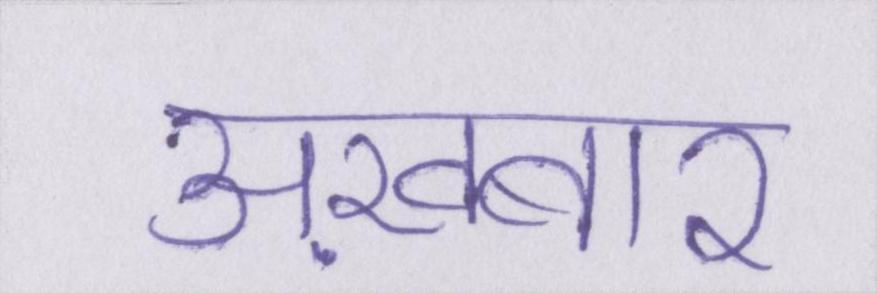
अख़बार